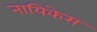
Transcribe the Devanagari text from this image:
नायिकेस